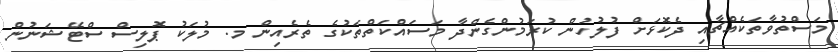
މަސްތުވާތަކެއްޗާއި ދެކޮޅަށް ފުލުހުން ކުރަމުންގެންދާ މަސައްކަތްތަކުގެ ތެރެއިން މ. މުލަކު ޕޮލިސް ސްޓޭޝަނުން